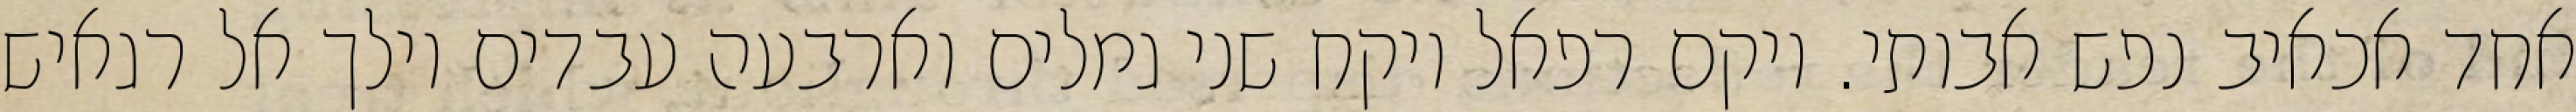
אחד אכאיב נפש אבותי. ויקם רפאל ויקח שני גמלים וארבעה עבדים וילך אל רגאיש